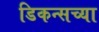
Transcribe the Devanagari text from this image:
डिकन्सच्या